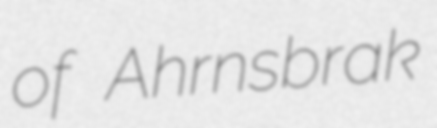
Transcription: of Ahrnsbrak